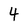
Character: 4